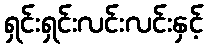
ရှင်းရှင်းလင်းလင်းနှင့်